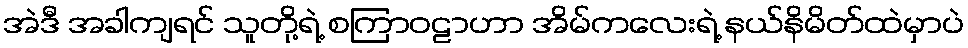
အဲဒီ အခါကျရင် သူတို့ရဲ့ စကြာဝဠာဟာ အိမ်ကလေးရဲ့ နယ်နိမိတ်ထဲမှာပဲ